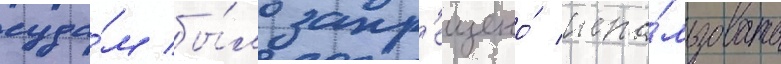
суда́м бы́ло запр'ещено́ испо́льзовать